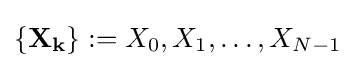
\left\{\mathbf {X_{k}} \right\}:=X_{0},X_{1},\ldots ,X_{N-1}